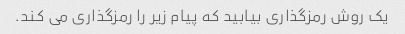
یک روش رمزگذاری بیابید که پیام زیر را رمزگذاری می کند.